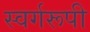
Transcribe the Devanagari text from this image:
स्वर्गरूपी